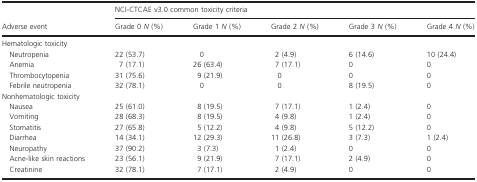
<table><thead><tr><td rowspan="2"><b>Adverse event</b></td><td colspan="5"><b>NCI-CTCAE v3.0 common toxicity criteria</b></td></tr><tr><td><b>Grade 0 <i>N</i> (%)</b></td><td><b>Grade 1 <i>N</i> (%)</b></td><td><b>Grade 2 <i>N</i> (%)</b></td><td><b>Grade 3 <i>N</i> (%)</b></td><td><b>Grade 4 <i>N</i> (%)</b></td></tr></thead><tbody><tr><td colspan="6">Hematologic toxicity</td></tr><tr><td>Neutropenia</td><td>22 (53.7)</td><td>0</td><td>2 (4.9)</td><td>6 (14.6)</td><td>10 (24.4)</td></tr><tr><td>Anemia</td><td>7 (17.1)</td><td>26 (63.4)</td><td>7 (17.1)</td><td>0</td><td>0</td></tr><tr><td>Thrombocytopenia</td><td>31 (75.6)</td><td>9 (21.9)</td><td>0</td><td>0</td><td>0</td></tr><tr><td>Febrile neutropenia</td><td>32 (78.1)</td><td>0</td><td>0</td><td>8 (19.5)</td><td>0</td></tr><tr><td colspan="6">Nonhematologic toxicity</td></tr><tr><td>Nausea</td><td>25 (61.0)</td><td>8 (19.5)</td><td>7 (17.1)</td><td>1 (2.4)</td><td>0</td></tr><tr><td>Vomiting</td><td>28 (68.3)</td><td>8 (19.5)</td><td>4 (9.8)</td><td>1 (2.4)</td><td>0</td></tr><tr><td>Stomatitis</td><td>27 (65.8)</td><td>5 (12.2)</td><td>4 (9.8)</td><td>5 (12.2)</td><td>0</td></tr><tr><td>Diarrhea</td><td>14 (34.1)</td><td>12 (29.3)</td><td>11 (26.8)</td><td>3 (7.3)</td><td>1 (2.4)</td></tr><tr><td>Neuropathy</td><td>37 (90.2)</td><td>3 (7.3)</td><td>1 (2.4)</td><td>0</td><td>0</td></tr><tr><td>Acne-like skin reactions</td><td>23 (56.1)</td><td>9 (21.9)</td><td>7 (17.1)</td><td>2 (4.9)</td><td>0</td></tr><tr><td>Creatinine</td><td>32 (78.1)</td><td>7 (17.1)</td><td>2 (4.9)</td><td>0</td><td>0</td></tr></tbody></table>